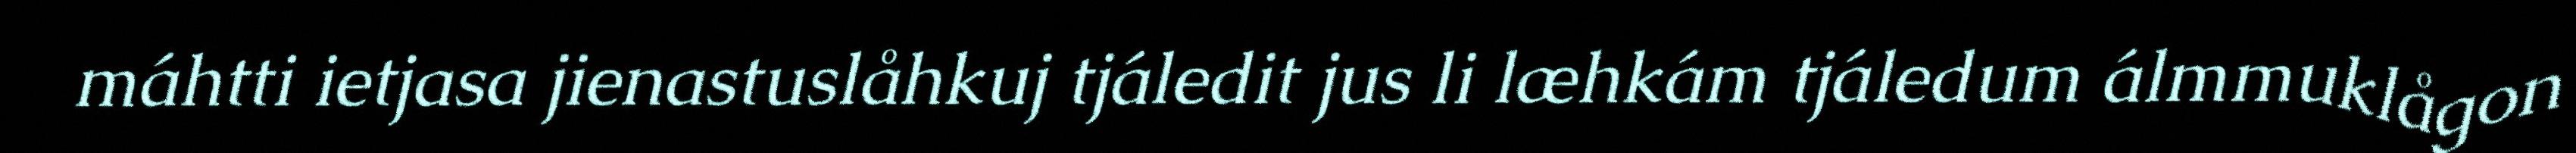
máhtti ietjasa jienastuslåhkuj tjáledit jus li læhkám tjáledum álmmuklågon